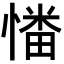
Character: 𢟷